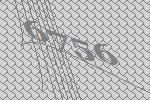
6756